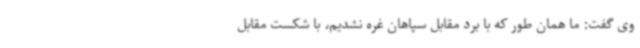
وی گفت: ما همان طور که با برد مقابل سپاهان غره نشدیم، با شکست مقابل